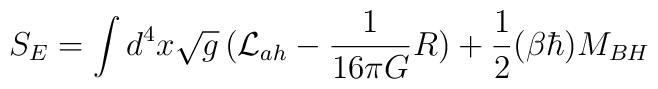
S_{E} = \int d^{4}x \sqrt{g}\, ({\cal L}_{ah} - {1\over 16\pi G}R) + {1 \over 2} (\beta\hbar) M_{BH}